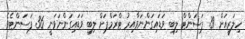
ހިލަރީއަށް 39 ޕަސަންޓް ލިބި ވަޑައިގަންނަވާއިރު ޓްރަމްޕަށް ލިބި ވަޑައިގަންނަވަނީ 36 ޕަސަންޓެވެ.